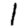
Digit: 1